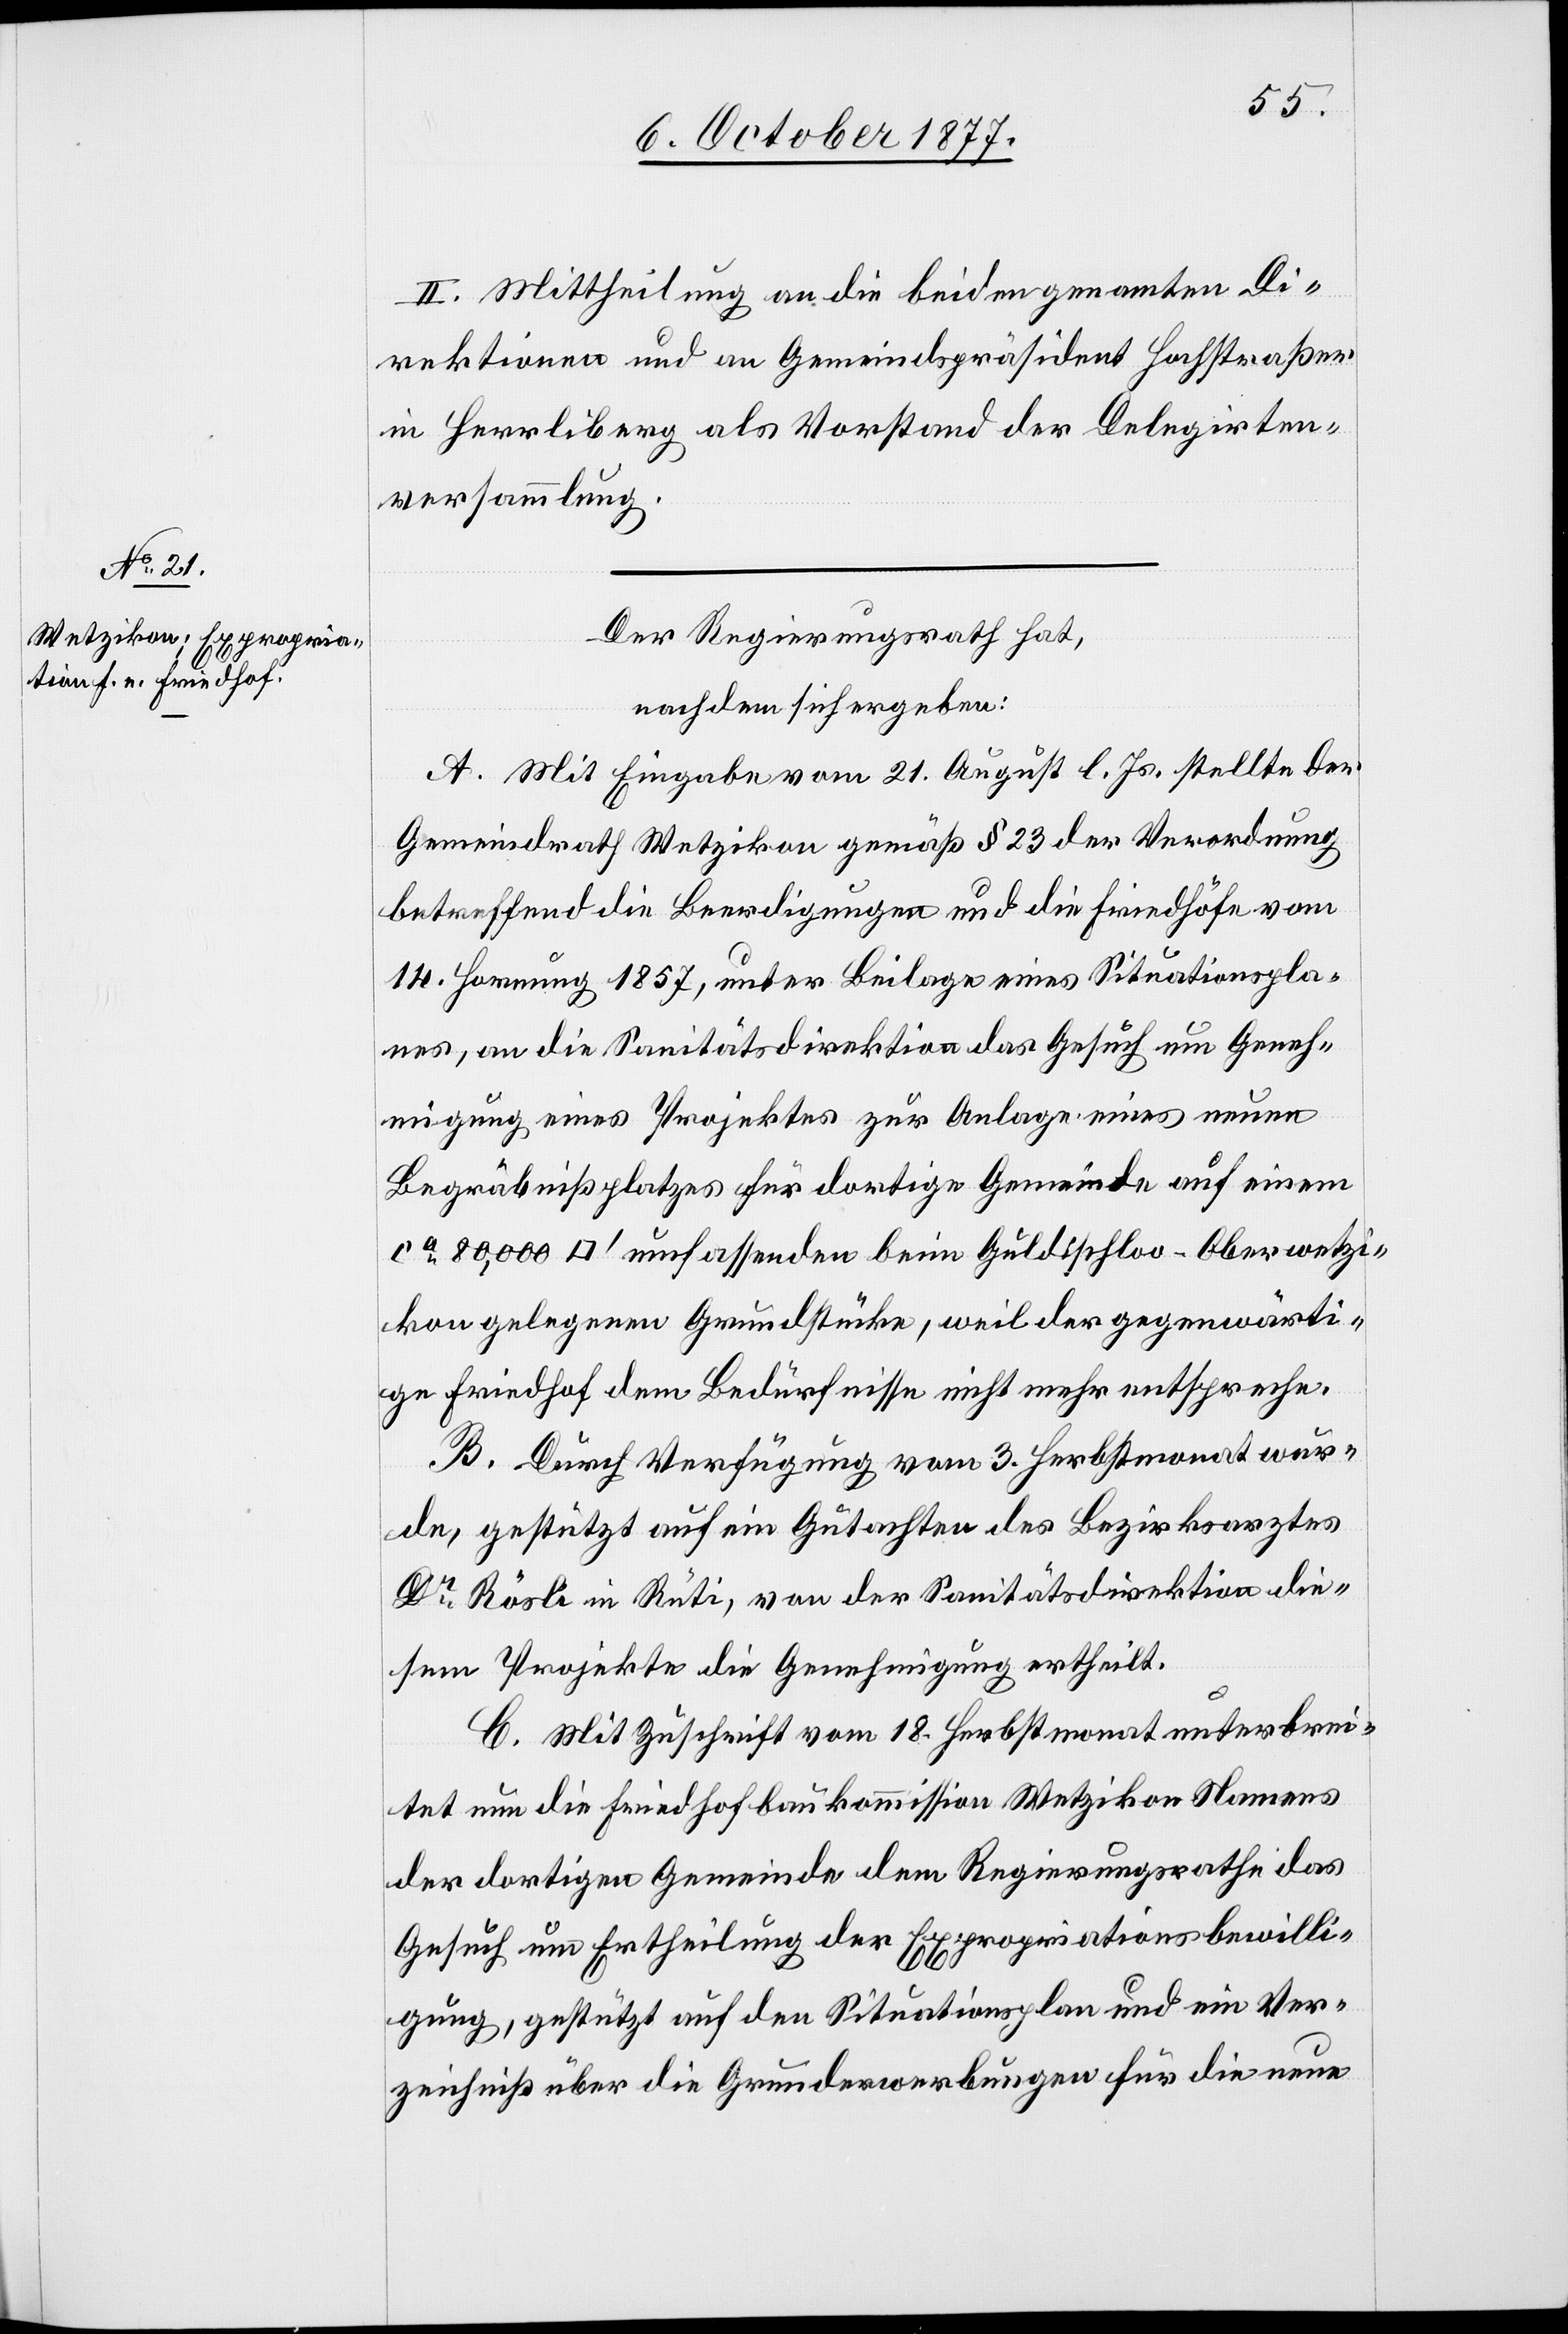
II. Mittheilung an die beiden genamten [recte:
Direktionen und an Gemeindspräsident Hochstraßer
in Herrliberg als Vorstand der Delegirten¬
versammlung.
Der Regierungsrath hat,
nachdem sich ergeben:
A. Mit Eingabe vom 21. August l. Js. stellte der
Gemeindrath Wetzikon gemäß § 23 der Verordnung
betreffend die Beerdigungen und die Friedhöfe vom
14. Hornung 1857, unter Beilage eines Situationspla¬
nes, an die Sanitätsdirektion das Gesuch um Geneh¬
migung eines Projektes zur Anlage eines neuen
Begräbnißplatzes für dortige Gemeinde auf einem
ca 80,000 [Quadratfuß] umfassenden beim Guldischloo - Oberwetzi¬
kon gelegenen Grundstücke, weil der gegenwärti¬
ge Friedhof dem Bedürfnisse nicht mehr entspreche.
B. Durch Verfügung vom 3. Herbstmonat wur¬
de, gestützt auf ein Gutachten des Bezirksarztes
Dr Rösli in Rüti, von der Sanitätsdirektion die¬
sem Projekte die Genehmigung ertheilt.
C. Mit Zuschrift vom 18. Herbstmonat unterbrei¬
tet nun die Friedhofbaukommission Wetzikon Namens
der dortigen Gemeinde dem Regierungsrathe das
Gesuch um Ertheilung der Expropriationsbewilli¬
gung, gestützt auf den Situationsplan und ein Ver¬
zeichniß über die Grunderwerbungen für die neue